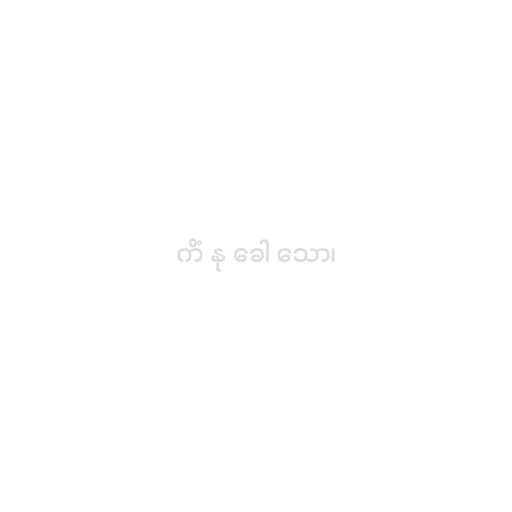
ကိံ နု ခေါ သော၊